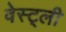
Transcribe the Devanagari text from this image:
वेस्ट्ली